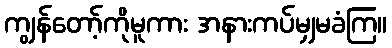
ကျွန်တော့်ကိုမူကား အနားကပ်မျှမခံကြ။